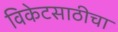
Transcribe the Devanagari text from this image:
विकेटसाठीचा